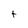
Character: t